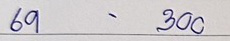
69 - 300